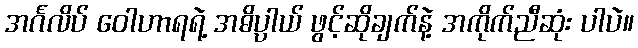
အင်္ဂလိပ် ဝေါဟာရရဲ့ အဓိပ္ပာယ် ဖွင့်ဆိုချက်နဲ့ အကိုက်ညီဆုံး ပါပဲ။